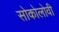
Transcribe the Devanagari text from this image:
सोकोलोवी